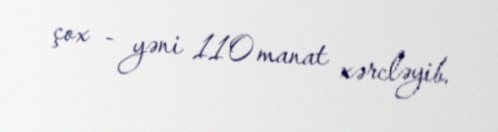
çox - yəni 110 manat xərcləyib.